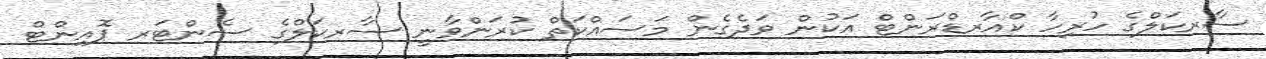
ސާރކަލްގެ ހުރިހާ ކްއާރޑްރަންޓް އަކުން ވަދެގެން މަސައްކަތް ކުރަންވާނީ ސާރކަލްގެ ސެންޓަރ ޕޮއިންޓް